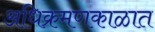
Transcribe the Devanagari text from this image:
अधिक्रमणकाळात